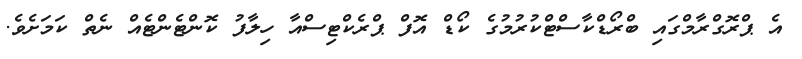
އެ ޕްރޮގްރާމްގައި ބްރޯޑްކާސްޓްކުރުމުގެ ކޯޑް އޮފް ޕްރެކްޓިސްއާ ހިލާފު ކޮންޓެންޓެއް ނެތް ކަމަށެވެ.